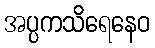
အပ္ပကသိရေနေဝ